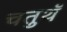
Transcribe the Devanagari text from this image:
चतुथॅ